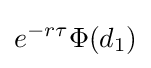
e^{-r\tau }\Phi (d_{1})